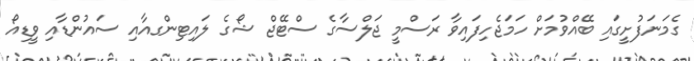
ގެމަނަފުށީގައި ބޭއްވުމަށް ހަމަޖެހިފައިވާ ރަސްމީ ޖަލްސާގެ ސްޓޭޖް ޝޯގެ ލައިޓިންގއާއި ސައުންޑާއި ވީޑިއޯ